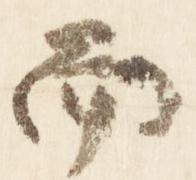
而